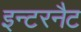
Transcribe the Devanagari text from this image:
इन्टरनैट